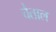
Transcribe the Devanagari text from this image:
चैताल